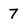
Character: 7